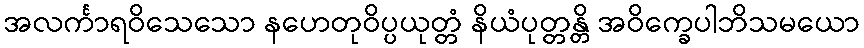
အလင်္ကာရဝိသေသော နဟေတုဝိပ္ပယုတ္တံ နိယံပုတ္တန္တိ အဝိက္ခေပါဘိသမယော